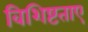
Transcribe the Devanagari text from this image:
विशिष्टताए